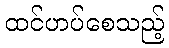
ထင်ဟပ်စေသည့်